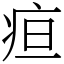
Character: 疸